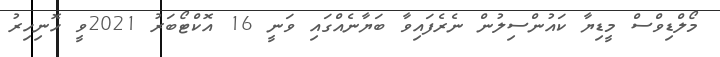
މޯލްޑިވްސް މީޑިޔާ ކައުންސިލުން ނެރެފައިވާ ބަޔާނެއްގައި ވަނީ 16 އޮކްޓޯބަރު 2021ވީ ހޮނިހިރު